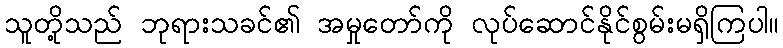
သူတို့သည် ဘုရားသခင်၏ အမှုတော်ကို လုပ်ဆောင်နိုင်စွမ်းမရှိကြပါ။